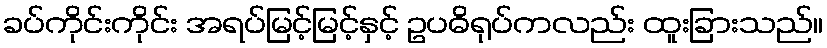
ခပ်ကိုင်းကိုင်း အရပ်မြင့်မြင့်နှင့် ဥပဓိရုပ်ကလည်း ထူးခြားသည်။